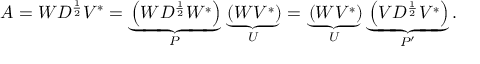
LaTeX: A = W D ^ { \frac { 1 } { 2 } } V ^ { * } = \underbrace { \left( W D ^ { \frac { 1 } { 2 } } W ^ { * } \right) } _ { P } \underbrace { \left( W V ^ { * } \right) } _ { U } = \underbrace { \left( W V ^ { * } \right) } _ { U } \underbrace { \left( V D ^ { \frac { 1 } { 2 } } V ^ { * } \right) } _ { P ^ { \prime } } .